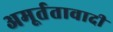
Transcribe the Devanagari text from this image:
अमूर्ततावादी